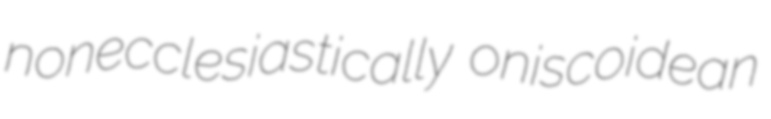
nonecclesiastically oniscoidean